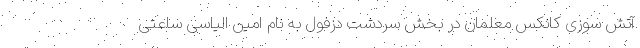
آتش سوزی کانکس معلمان در بخش سردشت دزفول به نام امین الیاسی ساعتی